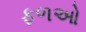
ફળઓ